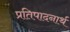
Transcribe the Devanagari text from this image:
प्रतिपादनार्थ